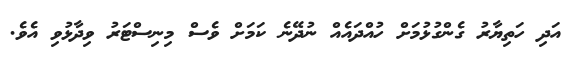
އަދި ހަތިޔާރު ގެންގުޅުމަށް ހުއްދައެއް ނުދޭނެ ކަމަށް ވެސް މިނިސްޓަރު ވިދާޅުވި އެވެ.